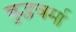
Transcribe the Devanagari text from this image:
बुद्धवर्मा